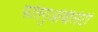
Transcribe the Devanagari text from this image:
फतिगुअबिलिटी